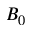
B _ { 0 }